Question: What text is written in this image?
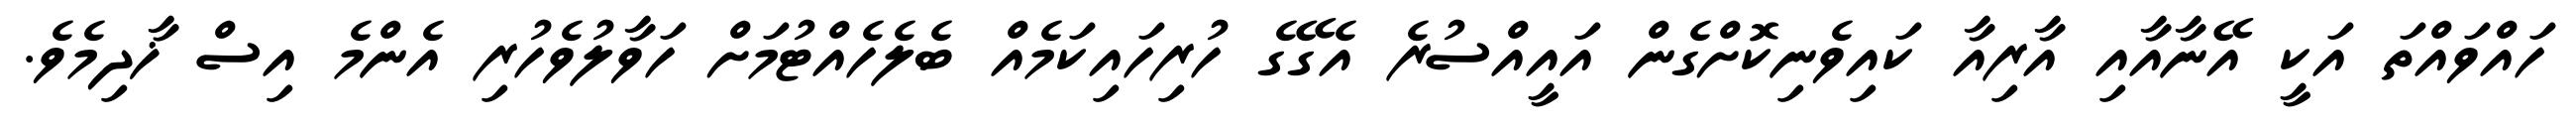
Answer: ހައްވައްތަ އަކީ އޭނާއާއި އާރިއާ ކައިވެނިކޮށްގެން އައީއްސުރެ އެގޭގެ ހުރިހައިކަމެއް ބެލެހެއްޓުމަށް ހަވާލުވެހުރި އެންމެ އިސް ޚާދިމެވެ.